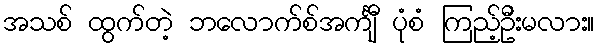
အသစ် ထွက်တဲ့ ဘလောက်စ်အင်္ကျီ ပုံစံ ကြည့်ဦးမလား။